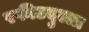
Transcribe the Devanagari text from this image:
रफीउदुल्ला